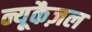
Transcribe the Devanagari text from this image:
न्यूकैज़ल